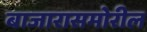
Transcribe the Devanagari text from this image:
बाजारासमोरील